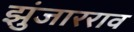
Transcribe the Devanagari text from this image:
झुंजारराव